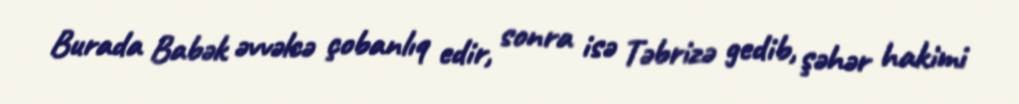
Burada Babək əvvəlcə çobanlıq edir, sonra isə Təbrizə gedib, şəhər hakimi